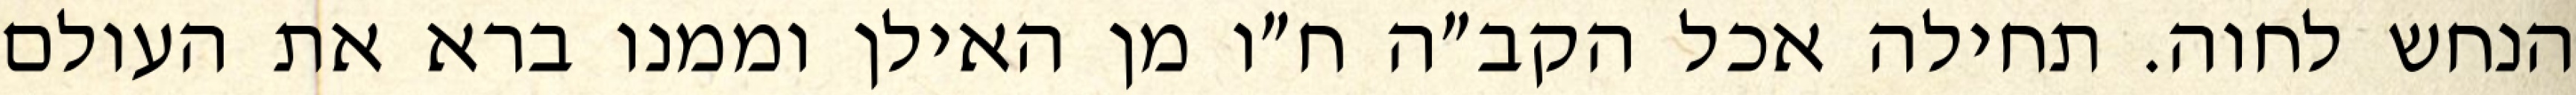
הנחש לחוה. תחילה אכל הקב״ה ח״ו מן האילן וממנו ברא את העולם